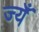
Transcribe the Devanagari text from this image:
ज्यँ